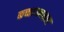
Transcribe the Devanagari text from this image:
कच्चायनसार